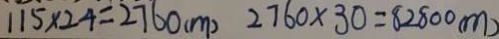
1 1 5 \times 2 4 = 2 7 6 0 ( m ) 2 7 6 0 \times 3 0 = 8 2 8 0 0 ( m )